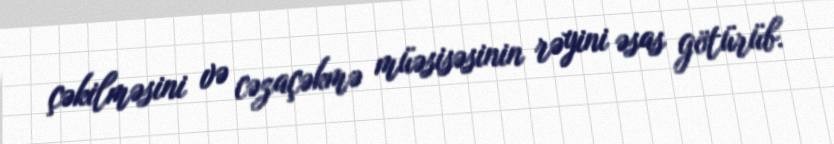
çəkilməsini və cəzaçəkmə müəsisəsinin rəyini əsas götürüb.